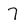
Character: 7